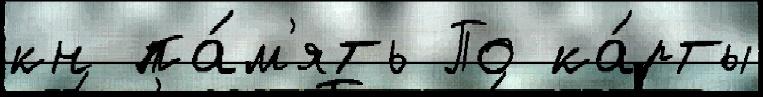
кн па́м'ять По ка́рты